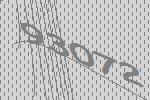
93072